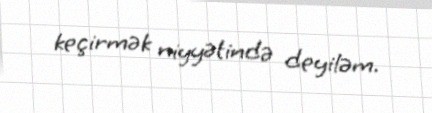
keçirmək niyyətində deyiləm.